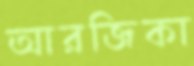
আরজিকা